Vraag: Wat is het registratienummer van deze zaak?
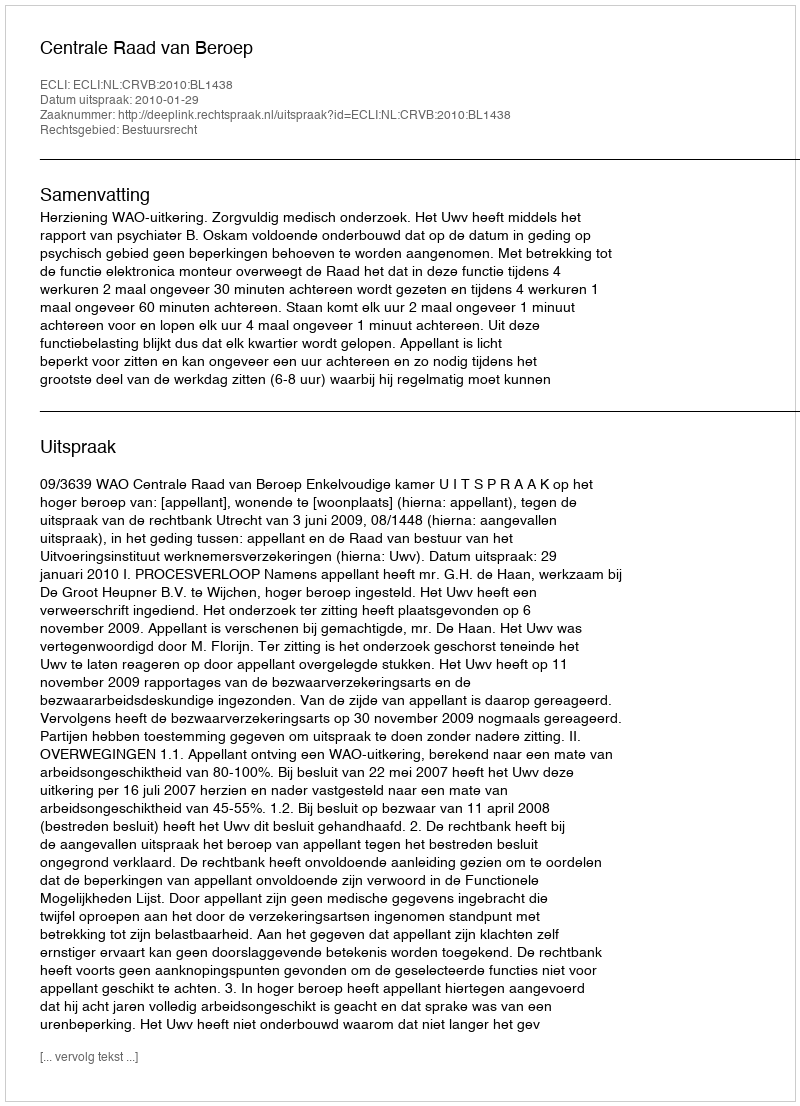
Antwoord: http://deeplink.rechtspraak.nl/uitspraak?id=ECLI:NL:CRVB:2010:BL1438